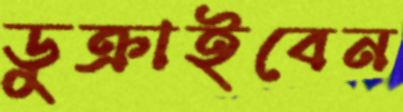
ডুক্‌রাইবেন